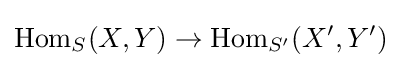
\operatorname {Hom} _{S}(X,Y)\to \operatorname {Hom} _{S'}(X',Y')